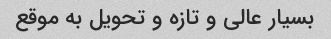
بسیار عالی و تازه و تحویل به موقع